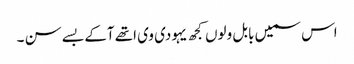
اس سمیں بابل ولوں کجھ یہودی وی اتھے آکے بسے سن ۔